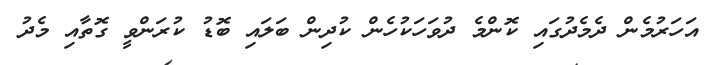
އަހަރުމެން ދެމެދުގައި ކޮންމެ ދުވަހަކުހެން ކުދިން ބަލައި ބޮޑު ކުރަންވީ ގޮތާއި މެދު